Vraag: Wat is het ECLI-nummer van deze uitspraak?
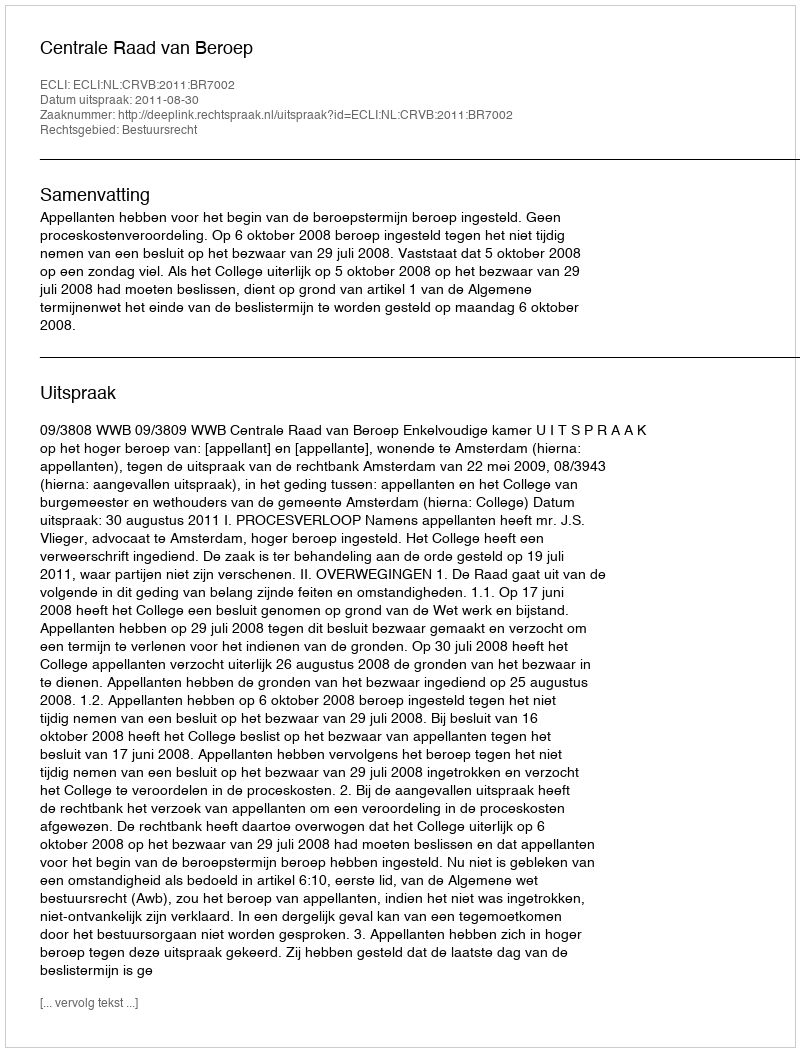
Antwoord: ECLI:NL:CRVB:2011:BR7002